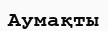
Аумақты